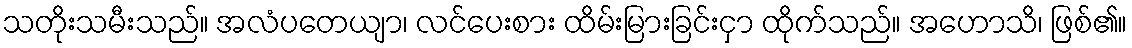
သတိုးသမီးသည်။ အလံပတေယျာ၊ လင်ပေးစား ထိမ်းမြားခြင်းငှာ ထိုက်သည်။ အဟောသိ၊ ဖြစ်၏။